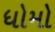
ધોમો